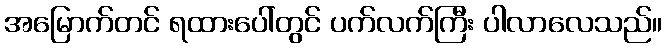
အမြောက်တင် ရထားပေါ်တွင် ပက်လက်ကြီး ပါလာလေသည်။